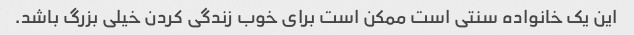
این یک خانواده سنتی است ممکن است برای خوب زندگی کردن خیلی بزرگ باشد.